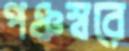
পঞ্চস্বরে